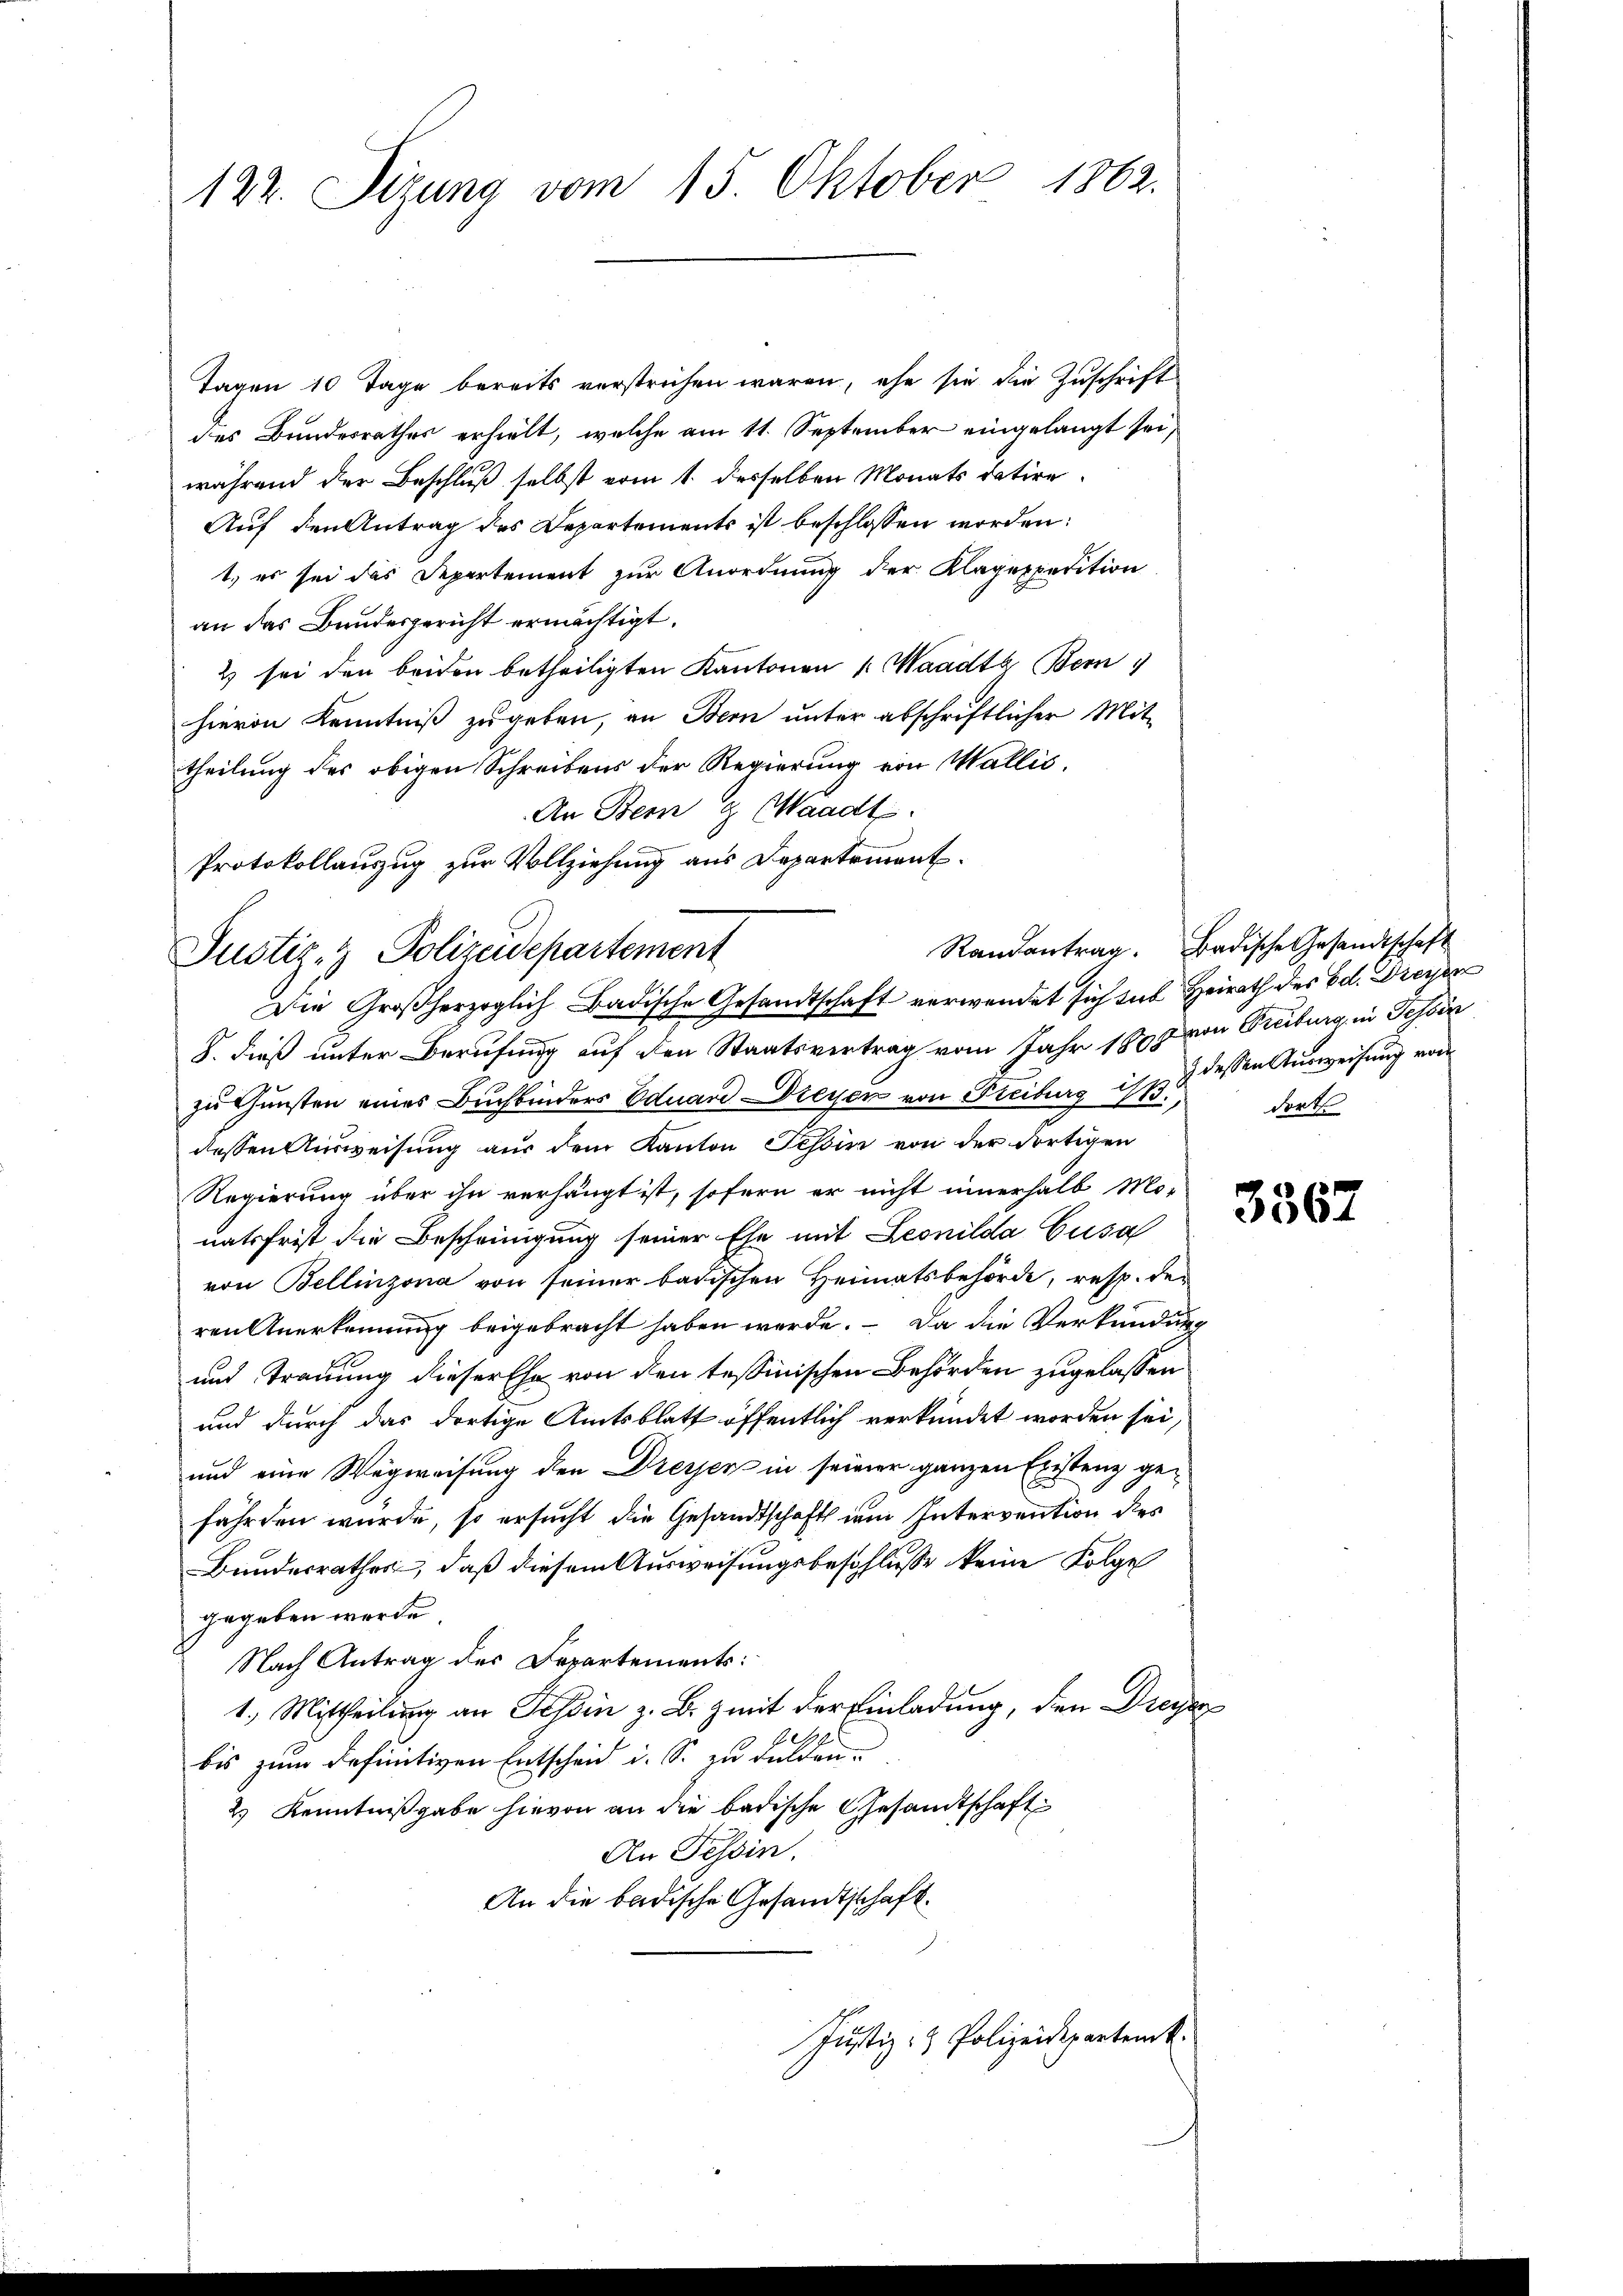
122. Sizung vom 15. Oktober 1862.

Tagen 10 Tage bereits verstrichen waren, ehe sie die Zuschrift
des Bundesrathes erhielt, welche am 11. September eingelangt sei,
während der Beschluß selbst vom 1. desselben Monats datire
Auf den Antrag des Departements ist beschlossen worden:
1.) es sei das Departement zur Anordnung der Klagexpedition
an das Bundesgericht ermächtigt.
2 sei den beiden betheiligten Kantonen 1. Waadt Bern
hievon Kenntniß zugeben, an Bern unter abschriftlicher Mit-
theilung des obigen Schreibens der Regierung von Wallis.
An Bern & Waadt
Protokollauszug zur Vollziehung aus Departement.

Justiz- Polizeidepartement
Die Großherzoglich Badische Gesandtschaft verwendet sich sub Heirath des Ed. Dreyers

8. dieß unter Berufung auf den Staatsvertrag vom Jahr 1808 von Freiburg, in Tessin
zu Gunsten eines Buchbinders Eduard Dreyen von Freiburg N:
dessen Ausweisung aus dem Kanton Tessin von der dortigen
Regierung über ihn verhängt ist, sofern er nicht innerhalb Mor
natsfrist die Bescheinigung seiner Ehe mit Leonilda Gusa
von Bellinzona von seiner badischen Heimatsbehörde, resp. den
ren Anerkennung beigebracht haben werde. – Da die Verkündung
und Trauung dieser Ehe von den tessinischen Behörden zugelassen
und durch das dortige Amtsblatt öffentlich verkündet worden sei,
und eine Wegweisung den Dreyer in seiner ganzen Existenz gefährden würde, so ersucht die Gesandtschaft dem Intervention des
Bundesrathes, daß diesem Ausweisungsbeschluße keine Folge
gegeben werde.
Nach Antrag des Departements:
1.) Mittheilung an Tessin z. B. mit der Einladung, den Dreye
A
bis zum definitiven Entscheid i. S. zu dulden.
2.) Kenntnißgabe hievon an die badische Gesandtschaft
An Tessin.
An die badische Gesandtschaft.
Justiz- & Polizeidepartenk

Randantrag. Badische Gesandtschaft
3 dessen Ausweisung worde
dort

3567